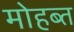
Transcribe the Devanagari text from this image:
मोहब्त